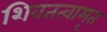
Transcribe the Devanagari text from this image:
शिवतत्वामृत